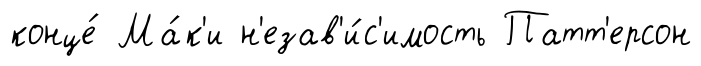
конце́ Ма́к'и н'езав'и́с'имость Патт'ерсон